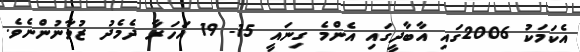
އެކަމަކު 2006ގައި އާބާދީގައި އެންމެ ގިނައީ 15- 19 އަހަރާ ދެމެދު ޒުވާނުންނެވެ.